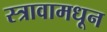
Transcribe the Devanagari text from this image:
स्त्रावामधून